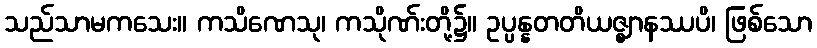
သည်သာမကသေး။ ကသိဏေသု၊ ကသိုဏ်းတို့၌။ ဥပ္ပန္နတတိယဇ္ဈာနဿပိ၊ ဖြစ်သော